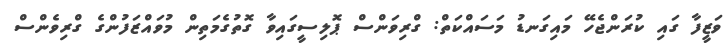
ވަޒީފާ ގައި ކުރަންޖެހޭ މައިގަނޑު މަސައްކަތް: ގްރިވަންސް ޕޮލިސީގައިވާ ގޮތުގެމަތިން މުވައްޒަފުންގެ ގްރިވެންސް